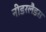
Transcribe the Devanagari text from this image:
नीडरलैडस